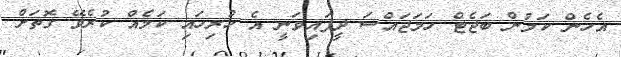
އެހެން ކަމުން ބަޖެޓް ހަމަޖައްސަ ދީފައިވަނީ އެ ހުރިހައި ކަމެއް ކުރެވޭ ގޮތަށް